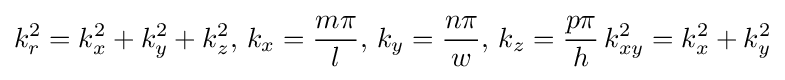
k_{r}^{2}=k_{x}^{2}+k_{y}^{2}+k_{z}^{2},\,k_{x}={\frac {m\pi }{l}},\,k_{y}={\frac {n\pi }{w}},\,k_{z}={\frac {p\pi }{h}}\,k_{xy}^{2}=k_{x}^{2}+k_{y}^{2}